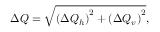
\Delta Q = \sqrt { \left( \Delta Q _ { h } \right) ^ { 2 } + \left( \Delta Q _ { v } \right) ^ { 2 } } ,